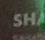
sh